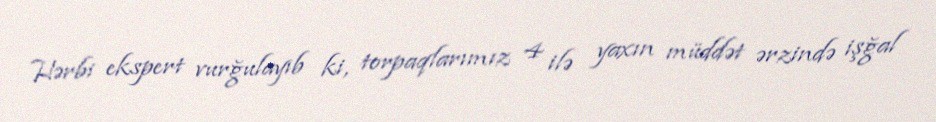
Hərbi ekspert vurğulayıb ki, torpaqlarımız 4 ilə yaxın müddət ərzində işğal